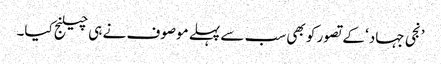
’نجی جہاد‘ کے تصور کو بھی سب سے پہلے موصوف نے ہی چیلنج کیا۔